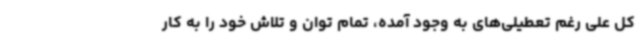
کل علی رغم تعطیلی‌های به وجود آمده، تمام توان و تلاش خود را به کار